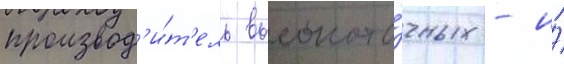
производ'и́т'ель высокото́чных - и́